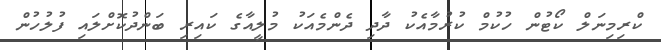
ކްރިމިނަލް ކޯޓުން ހުކުމް ކުރުމާއެކު ދާދި ދެންމެއަކު މުލީއާގެ ކައިރި ބަންދުކޮށްލައި ފުލުހުން